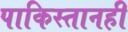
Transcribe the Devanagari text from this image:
पाकिस्तानही